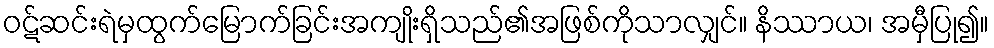
ဝဋ်ဆင်းရဲမှထွက်မြောက်ခြင်းအကျိုးရှိသည်၏အဖြစ်ကိုသာလျှင်။ နိဿာယ၊ အမှီပြု၍။